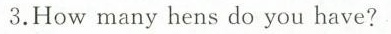
3.How many hens do you have?